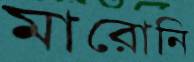
মারোনি